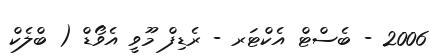
2006 - ބެސްޓް އެކްޓަރ - ރެޑިފް މޫވީ އެވޯޑް ( ބްލެކް